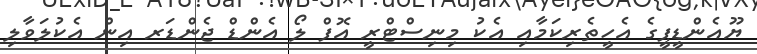
ޔޫއެންޑީޕީގެ އެހީތެރިކަމާއި އެކު މިނިސްޓްރީ އޮފް ލޯ އެންޑް ޖެންޑަރ އިން އެކުލަވާލި